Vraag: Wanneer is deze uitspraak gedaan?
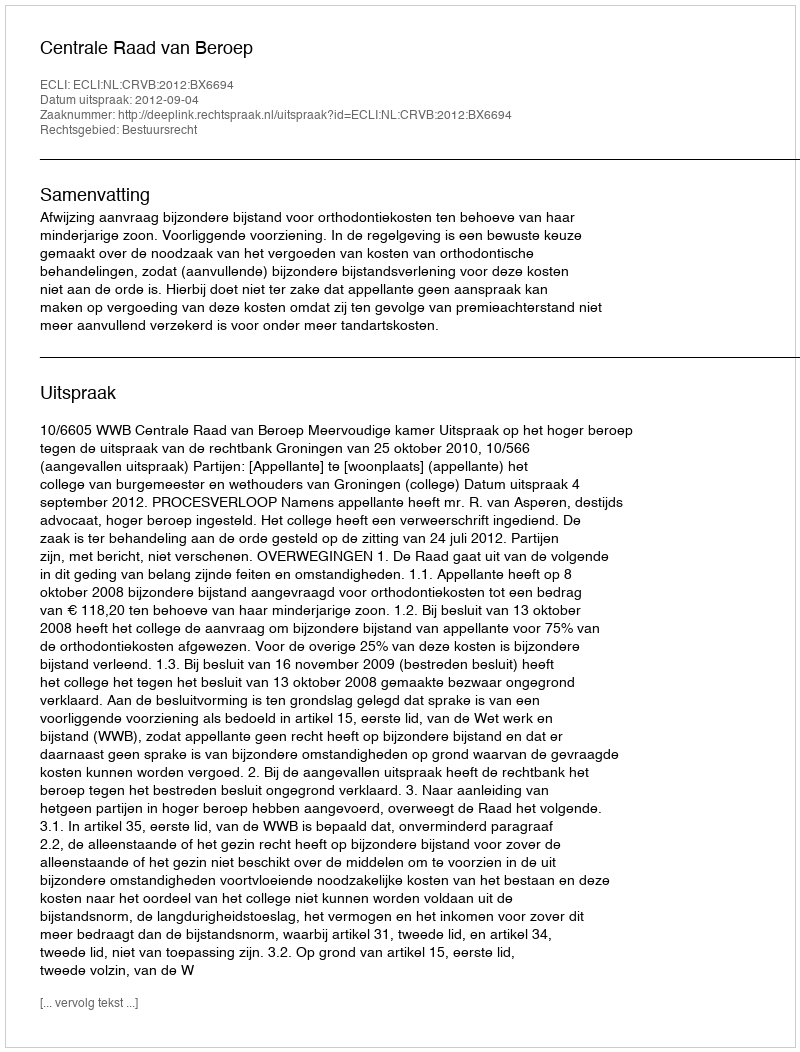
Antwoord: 2012-09-04